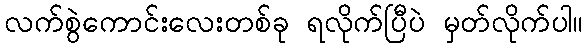
လက်စွဲကောင်းလေးတစ်ခု ရလိုက်ပြီပဲ မှတ်လိုက်ပါ။